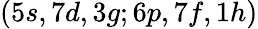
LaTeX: (5s,7d,3g;6p,7f,1h)